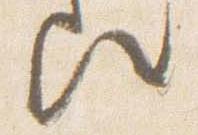
歟